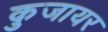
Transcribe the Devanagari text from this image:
कुजायर